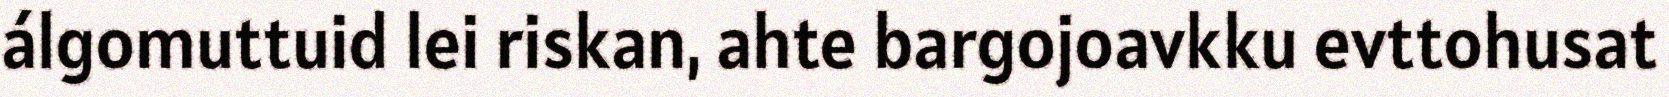
álgomuttuid lei riskan, ahte bargojoavkku evttohusat